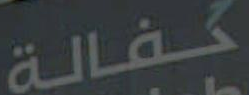
حفالة